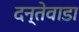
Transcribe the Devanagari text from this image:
दन्तेवाडा